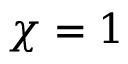
\chi = 1